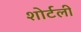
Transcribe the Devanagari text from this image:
शोर्टली